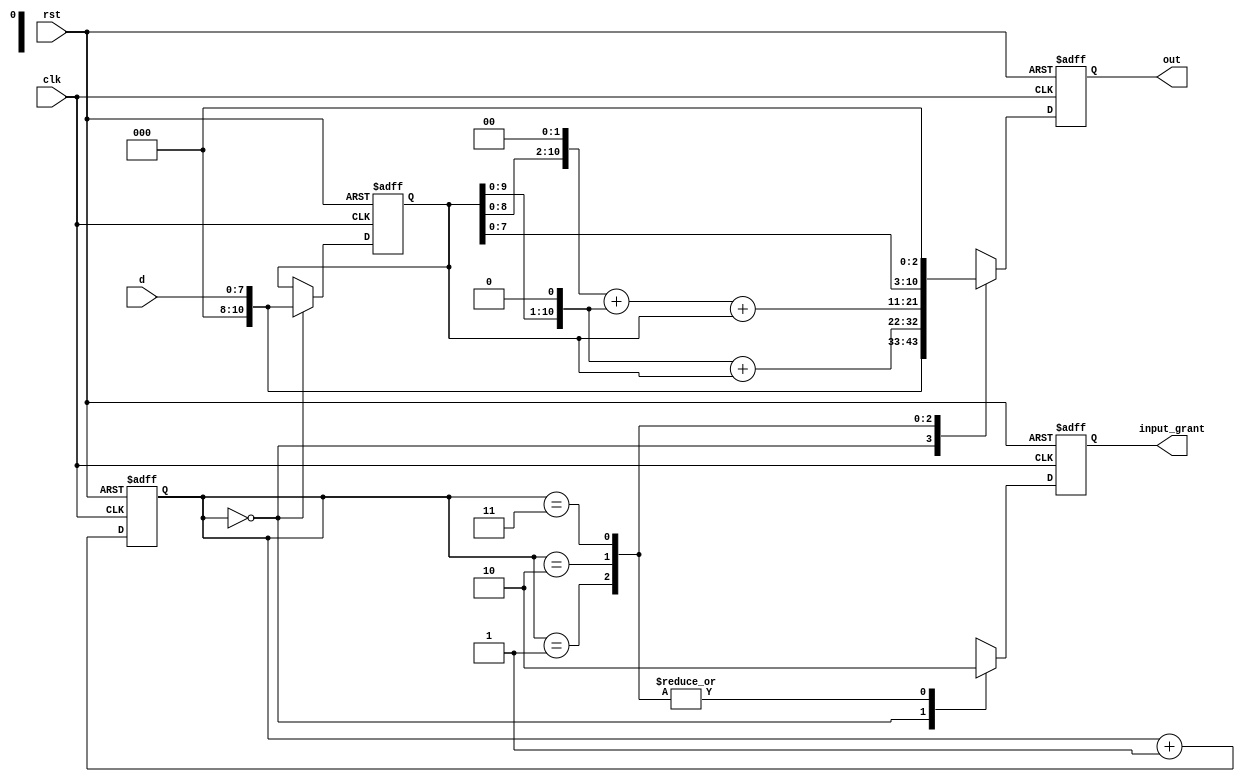
// ======================================================================
// Affiliation:			Tsinghua Univ
// Module Name:			multi_sel
// Description:			multiplier with select
// Additional Comments:	VL4 on nowcoder
// ======================================================================

`timescale 1ns/1ns

module multi_sel (
	input	wire				clk,
	input	wire				rst,
	input	wire	[7: 0]		d,
	output	wire				input_grant,
	output	wire	[10: 0]		out
);

reg					input_grant_reg;
reg		[10: 0]		out_reg;

reg		[1: 0]		result_cnt;
reg		[10: 0]		d_reg;

assign	input_grant  =  input_grant_reg;
assign	out          =  out_reg;

always @(posedge clk or negedge rst) begin
	if (~rst) begin
		result_cnt	<= 2'd0;
	end
	else begin
		result_cnt <= result_cnt + 1'b1;
	end
end

always @(posedge clk or negedge rst) begin
	if (~rst) begin
		input_grant_reg	<= 1'b0;
		out_reg			<= 11'd0;
		d_reg			<= 11'd0;
	end
	else begin
		case (result_cnt)
			2'd0: begin
				input_grant_reg	<= 1'b1;		// ready to output result
				out_reg			<= {3'd0, d};	// first result: d * 1
				d_reg			<= {3'd0, d};	// store d value for next calculation
			end
			2'd1: begin
				input_grant_reg	<= 1'b0;
				out_reg			<= (d_reg << 1) + d_reg;	// second result: d * 3
			end
			2'd2: begin
				input_grant_reg	<= 1'b0;
				out_reg			<= (d_reg << 2) + (d_reg << 1) + d_reg;	// third result: d * 7
			end
			2'd3: begin
				input_grant_reg	<= 1'b0;
				out_reg			<= (d_reg << 3);	// fourth result: d * 8
			end
			default: begin
				input_grant_reg	<= 1'b0;
				out_reg			<= 11'd0;
				d_reg			<= 11'd0;
			end
		endcase
	end
end

endmodule